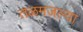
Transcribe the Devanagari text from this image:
तळमजल्या